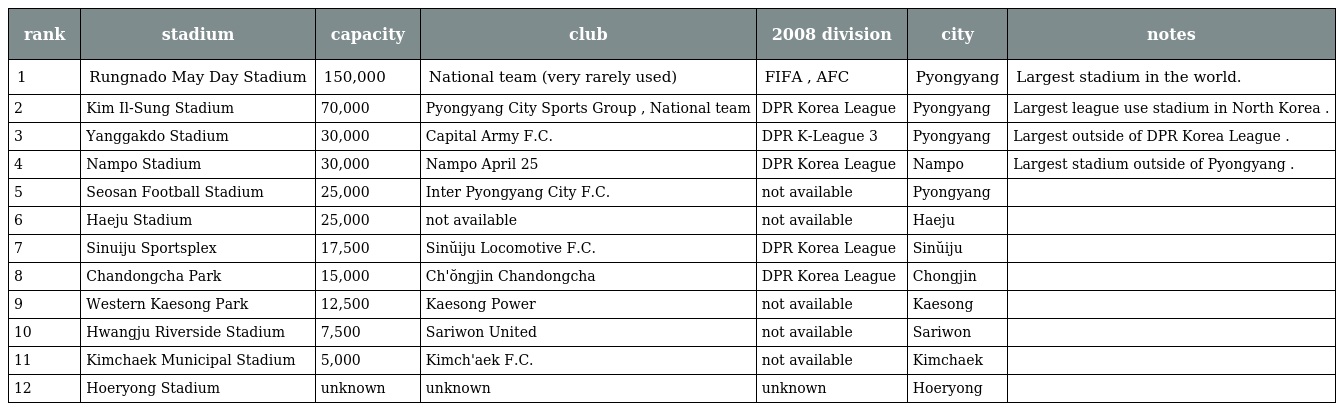
| rank | stadium | capacity | club | 2008 division | city | notes |
 | --- | --- | --- | --- | --- | --- | --- |
 | 1 | Rungnado May Day Stadium | 150,000 | National team (very rarely used) | FIFA , AFC | Pyongyang | Largest stadium in the world. |
 | 2 | Kim Il-Sung Stadium | 70,000 | Pyongyang City Sports Group , National team | DPR Korea League | Pyongyang | Largest league use stadium in North Korea . |
 | 3 | Yanggakdo Stadium | 30,000 | Capital Army F.C. | DPR K-League 3 | Pyongyang | Largest outside of DPR Korea League . |
 | 4 | Nampo Stadium | 30,000 | Nampo April 25 | DPR Korea League | Nampo | Largest stadium outside of Pyongyang . |
 | 5 | Seosan Football Stadium | 25,000 | Inter Pyongyang City F.C. | not available | Pyongyang |  |
 | 6 | Haeju Stadium | 25,000 | not available | not available | Haeju |  |
 | 7 | Sinuiju Sportsplex | 17,500 | Sinŭiju Locomotive F.C. | DPR Korea League | Sinŭiju |  |
 | 8 | Chandongcha Park | 15,000 | Ch'ŏngjin Chandongcha | DPR Korea League | Chongjin |  |
 | 9 | Western Kaesong Park | 12,500 | Kaesong Power | not available | Kaesong |  |
 | 10 | Hwangju Riverside Stadium | 7,500 | Sariwon United | not available | Sariwon |  |
 | 11 | Kimchaek Municipal Stadium | 5,000 | Kimch'aek F.C. | not available | Kimchaek |  |
 | 12 | Hoeryong Stadium | unknown | unknown | unknown | Hoeryong |  |